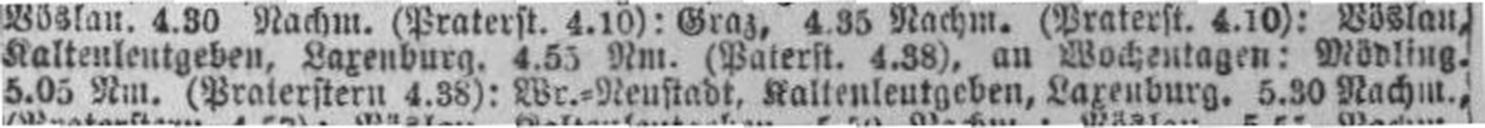
5.05 Nm. (Praterstern 4.38): Wr.=Neustadt, Kaltenleutgeben, Laxenburg, 5.30 Nachm.,